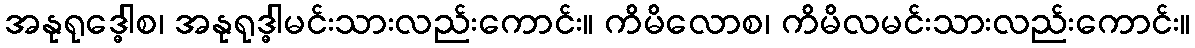
အနုရုဒ္ဓေါစ၊ အနုရုဒ္ဓါမင်းသားလည်းကောင်း။ ကိမိလောစ၊ ကိမိလမင်းသားလည်းကောင်း။